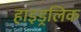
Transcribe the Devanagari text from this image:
हाइड्रलिक